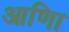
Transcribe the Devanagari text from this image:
आणिा